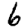
Digit: 6